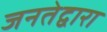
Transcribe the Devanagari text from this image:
जनतेद्वारा